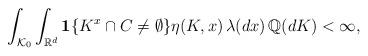
LaTeX: \begin{align*}&\int_{{\cal K}_0}\int_{{\mathbb R}^d}{\bf 1}\{K^{x}\cap C\not=\emptyset\} \eta (K,x)\,\lambda (dx)\,{\mathbb Q}(dK)<\infty ,\quad\quad\end{align*}